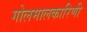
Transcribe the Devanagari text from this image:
गोलमालकारिणी